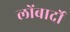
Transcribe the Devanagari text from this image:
लोंबार्दो